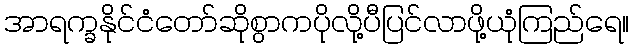
အာရက္ခနိုင်ငံတော်ဆိုစွာကပိုလို့ပီပြင်လာဖို့ယုံကြည်ရေ။